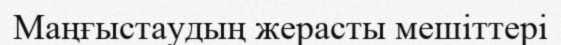
Маңғыстаудың жерасты мешіттері